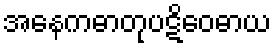
အနေကဓာတုပဋိဝေဓာယ